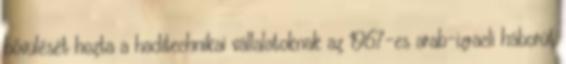
bővülését hozta a haditechnikai vállalatoknak az 1967-es arab-izraeli háborút